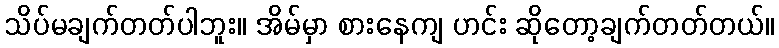
သိပ်မချက်တတ်ပါဘူး။ အိမ်မှာ စားနေကျ ဟင်း ဆိုတော့ချက်တတ်တယ်။